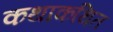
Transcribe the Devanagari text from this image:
कथाकथित